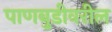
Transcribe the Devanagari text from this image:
पाणबुडीवरील